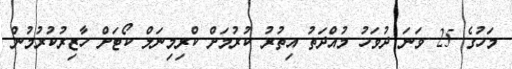
މަހުގެ 25 ވަނަ ދުވަހު މުއްދަތު އިތުރު ކުރުމަށް ކްރިމިނަލް ކޯޓަށް ހާޒިރުކުރުމުން